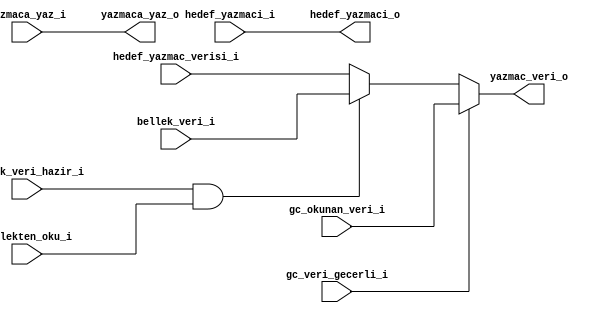
`timescale 1ns / 1ps

module wrapper_geri_yaz (
   input         bellekten_oku_i,
   input         yazmaca_yaz_i,
   input  [4:0]  hedef_yazmaci_i,
   input  [31:0] hedef_yazmac_verisi_i,
   input         bellek_veri_hazir_i,
   input  [31:0] bellek_veri_i,
   input         gc_veri_gecerli_i,
   input  [31:0] gc_okunan_veri_i,
   output        yazmaca_yaz_o,
   output [4:0]  hedef_yazmaci_o,
   output [31:0] yazmac_veri_o
   );
    
   assign yazmac_veri_o   = gc_veri_gecerli_i ? gc_okunan_veri_i : (bellek_veri_hazir_i && bellekten_oku_i) ? bellek_veri_i :  hedef_yazmac_verisi_i;
   assign yazmaca_yaz_o   = yazmaca_yaz_i;
   assign hedef_yazmaci_o = hedef_yazmaci_i;
    
endmodule